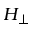
H _ { \perp }